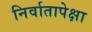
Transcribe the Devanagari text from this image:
निर्वातापेक्षा